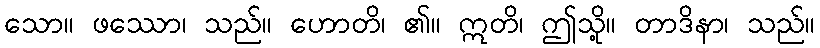
သော။ ဖဿော၊ သည်။ ဟောတိ၊ ၏။ ဣတိ၊ ဤသို့။ တာဒိနာ၊ သည်။